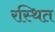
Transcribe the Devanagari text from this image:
रस्थित